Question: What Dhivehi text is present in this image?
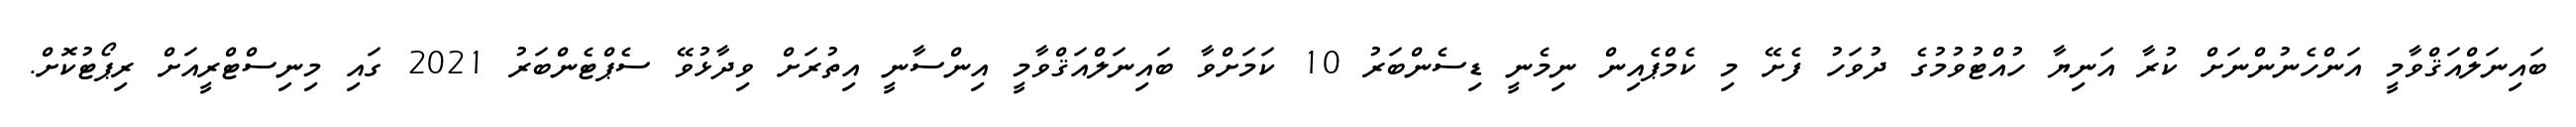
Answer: ބައިނަލްއަޤްވާމީ އަންހެނުންނަށް ކުރާ އަނިޔާ ހުއްޓުވުމުގެ ދުވަހު ފެށޭ މި ކެމްޕެއިން ނިމެނީ ޑިސެންބަރު 10 ކަމަށްވާ ބައިނަލްއަޤްވާމީ އިންސާނީ އިތުރަށް ވިދާޅުވޭ ސެޕްޓެންބަރު 2021 ގައި މިނިސްޓްރީއަށް ރިޕޯޓުކޮށް.